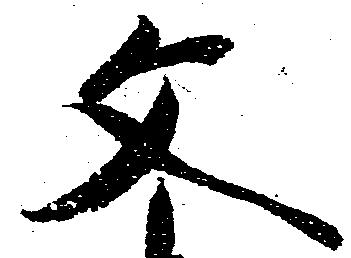
文